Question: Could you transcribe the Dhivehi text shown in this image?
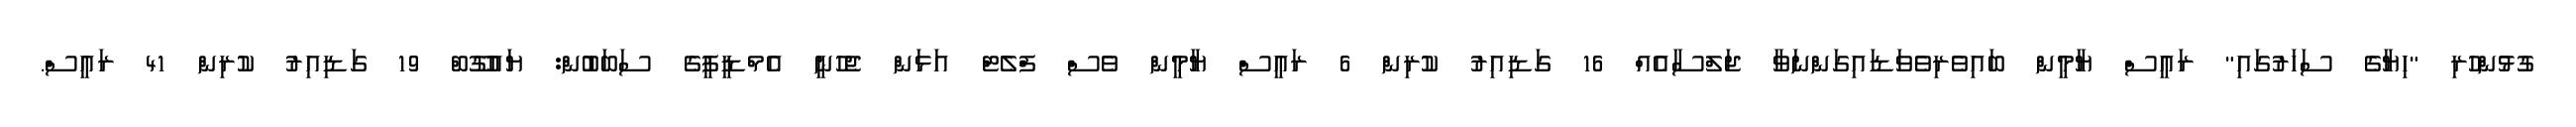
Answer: ގުޅުންހުރި "ހިޔާގެ ސަހަރުގައި" ރައީސް ޔާމީން ބައިވެރިވެވަޑައިގަންނަވާ ޖަލްސާއެއް 16 ގަޑިއިރު ކުރިން 6 ރައީސް ޔާމީން ވެސް ފްލެޓް އަޅަން ޖެހުނީ އެމްޑީޕީގެ ސަބަބުން: ޔައުގޫބް 19 ގަޑިއިރު ކުރިން 41 ރައީސް.